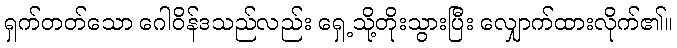
ရှက်တတ်သော ဂေါဝိန်ဒသည်လည်း ရှေ့သို့တိုးသွားပြီး လျှောက်ထားလိုက်၏။